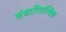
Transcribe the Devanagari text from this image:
संधारितत्विक